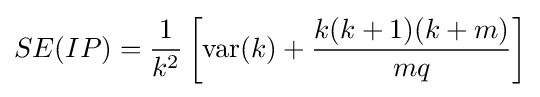
SE(IP)={\frac {1}{k^{2}}}\left[\operatorname {var} (k)+{\frac {k(k+1)(k+m)}{mq}}\right]